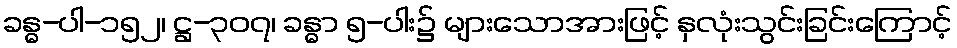
ခန္ဓ-ပါ-၁၅၂၊ ဋ္ဌ-၃၀၇၊ ခန္ဓာ ၅-ပါး၌ များသောအားဖြင့် နှလုံးသွင်းခြင်းကြောင့်